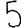
Digit: 5